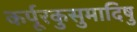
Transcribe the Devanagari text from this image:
कर्पूरकुसुमादिषु